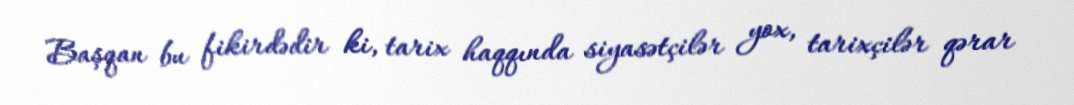
Başqan bu fikirdədir ki, tarix haqqında siyasətçilər yox, tarixçilər qərar